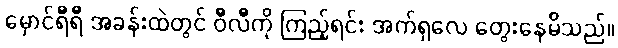
မှောင်ရီရီ အခန်းထဲတွင် ဝီလီကို ကြည့်ရင်း အက်ရှလေ တွေးနေမိသည်။